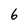
Character: 6